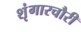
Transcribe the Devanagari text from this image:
शृंगारचौरी